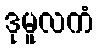
ဒုမူလကံ